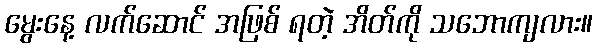
မွေးနေ့ လက်ဆောင် အဖြစ် ရတဲ့ အိတ်ကို သဘောကျလား။